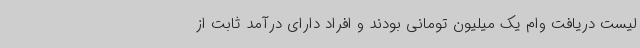
لیست دریافت وام یک میلیون تومانی بودند و افراد دارای درآمد ثابت از